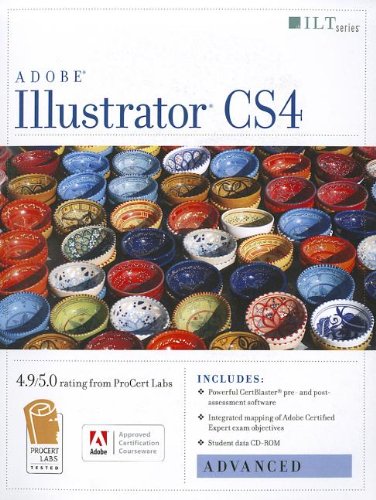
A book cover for Illustrator Cs4: Advanced, Ace Edition + Certblaster + Data (ILT); Computers & Technology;